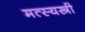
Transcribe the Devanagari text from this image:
मत्स्यस्त्री